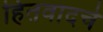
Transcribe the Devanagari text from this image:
हितवादचे